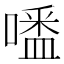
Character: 𠽲